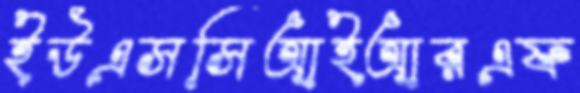
ইউএসসিআইআরএফ